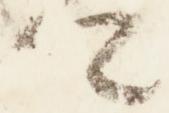
卿